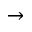
\rightarrow